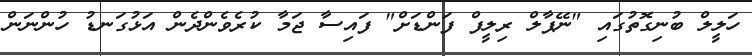
ހަލީލް ބުނިގޮތުގައި "ނޭޕާލް ރިލީފް ފަންޑަށް" ފައިސާ ޖަމާ ކުރެވެންދެން އަޅުގަނޑު ހުންނަން